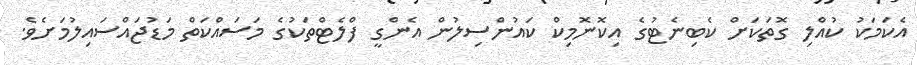
އެކަމަކު ކުއްލި ގޮތަކަށް ކެބިނެޓުގެ އިކޮނޮމިކް ކައުންސިލުން އެންގީ ފްލެޓްތަކުގެ މަސައްކަތް މަޑުޖައްސައިލުމަށެވެ.